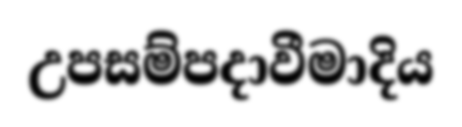
උපසම්පදාවීමාදිය